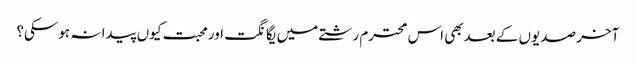
آخر صدیوں کے بعدبھی اس محترم رشتے میں یگانگت اورمحبت کیوں پیدا نہ ہوسکی؟